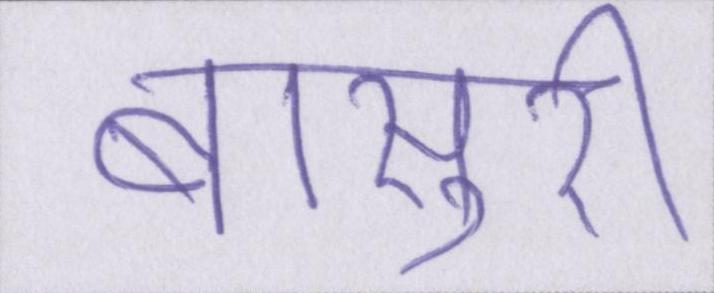
बाँसुरी